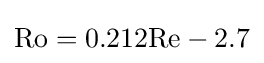
\mathrm {Ro} =0.212\mathrm {Re} -2.7